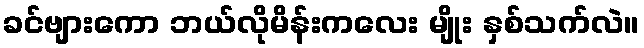
ခင်ဗျားကော ဘယ်လိုမိန်းကလေး မျိုး နှစ်သက်လဲ။